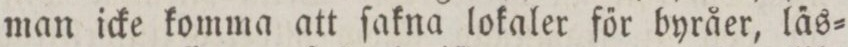
man icke komma att ſakna lokaler főr byråer, la̋s=